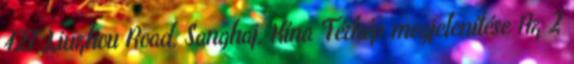
427 Liuzhou Road, Sanghaj, Kína Térkép megjelenítése Az 2